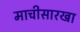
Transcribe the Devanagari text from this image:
माचीसारखा